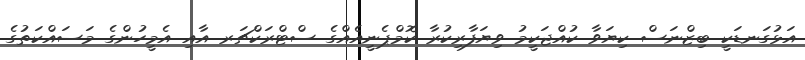
އަޅުގަނޑަކީ ބިޒްނަސް ކިޔަވާ ކުއްޖަކީމު ވިޔަފާރިކުރާ ކޮމްޕެނީއެއްގެ ސްޓްރަކްޗަރ އާއި އެމީހުންގެ މަސައްކަތުގެ